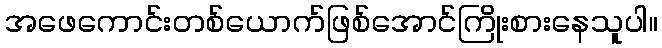
အဖေကောင်းတစ်ယောက်ဖြစ်အောင်ကြိုးစားနေသူပါ။